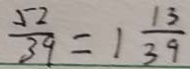
\frac { 5 2 } { 3 9 } = 1 \frac { 1 3 } { 3 9 }